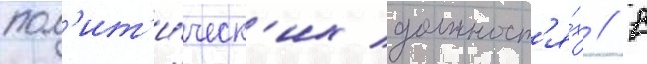
пол'ит'и́ческ'их должност'я́х // В